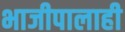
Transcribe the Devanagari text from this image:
भाजीपालाही